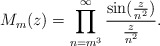
\begin{align*} M_m(z)=\prod_{n=m^3}^{\infty}\frac{\sin(\frac{z}{n^2})}{\frac{z}{n^2}}.\end{align*}